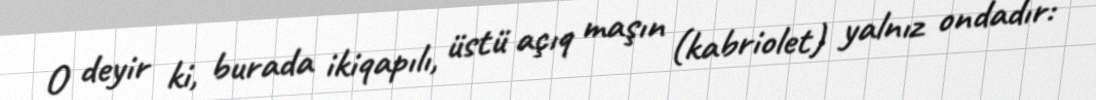
O deyir ki, burada ikiqapılı, üstü açıq maşın (kabriolet) yalnız ondadır: